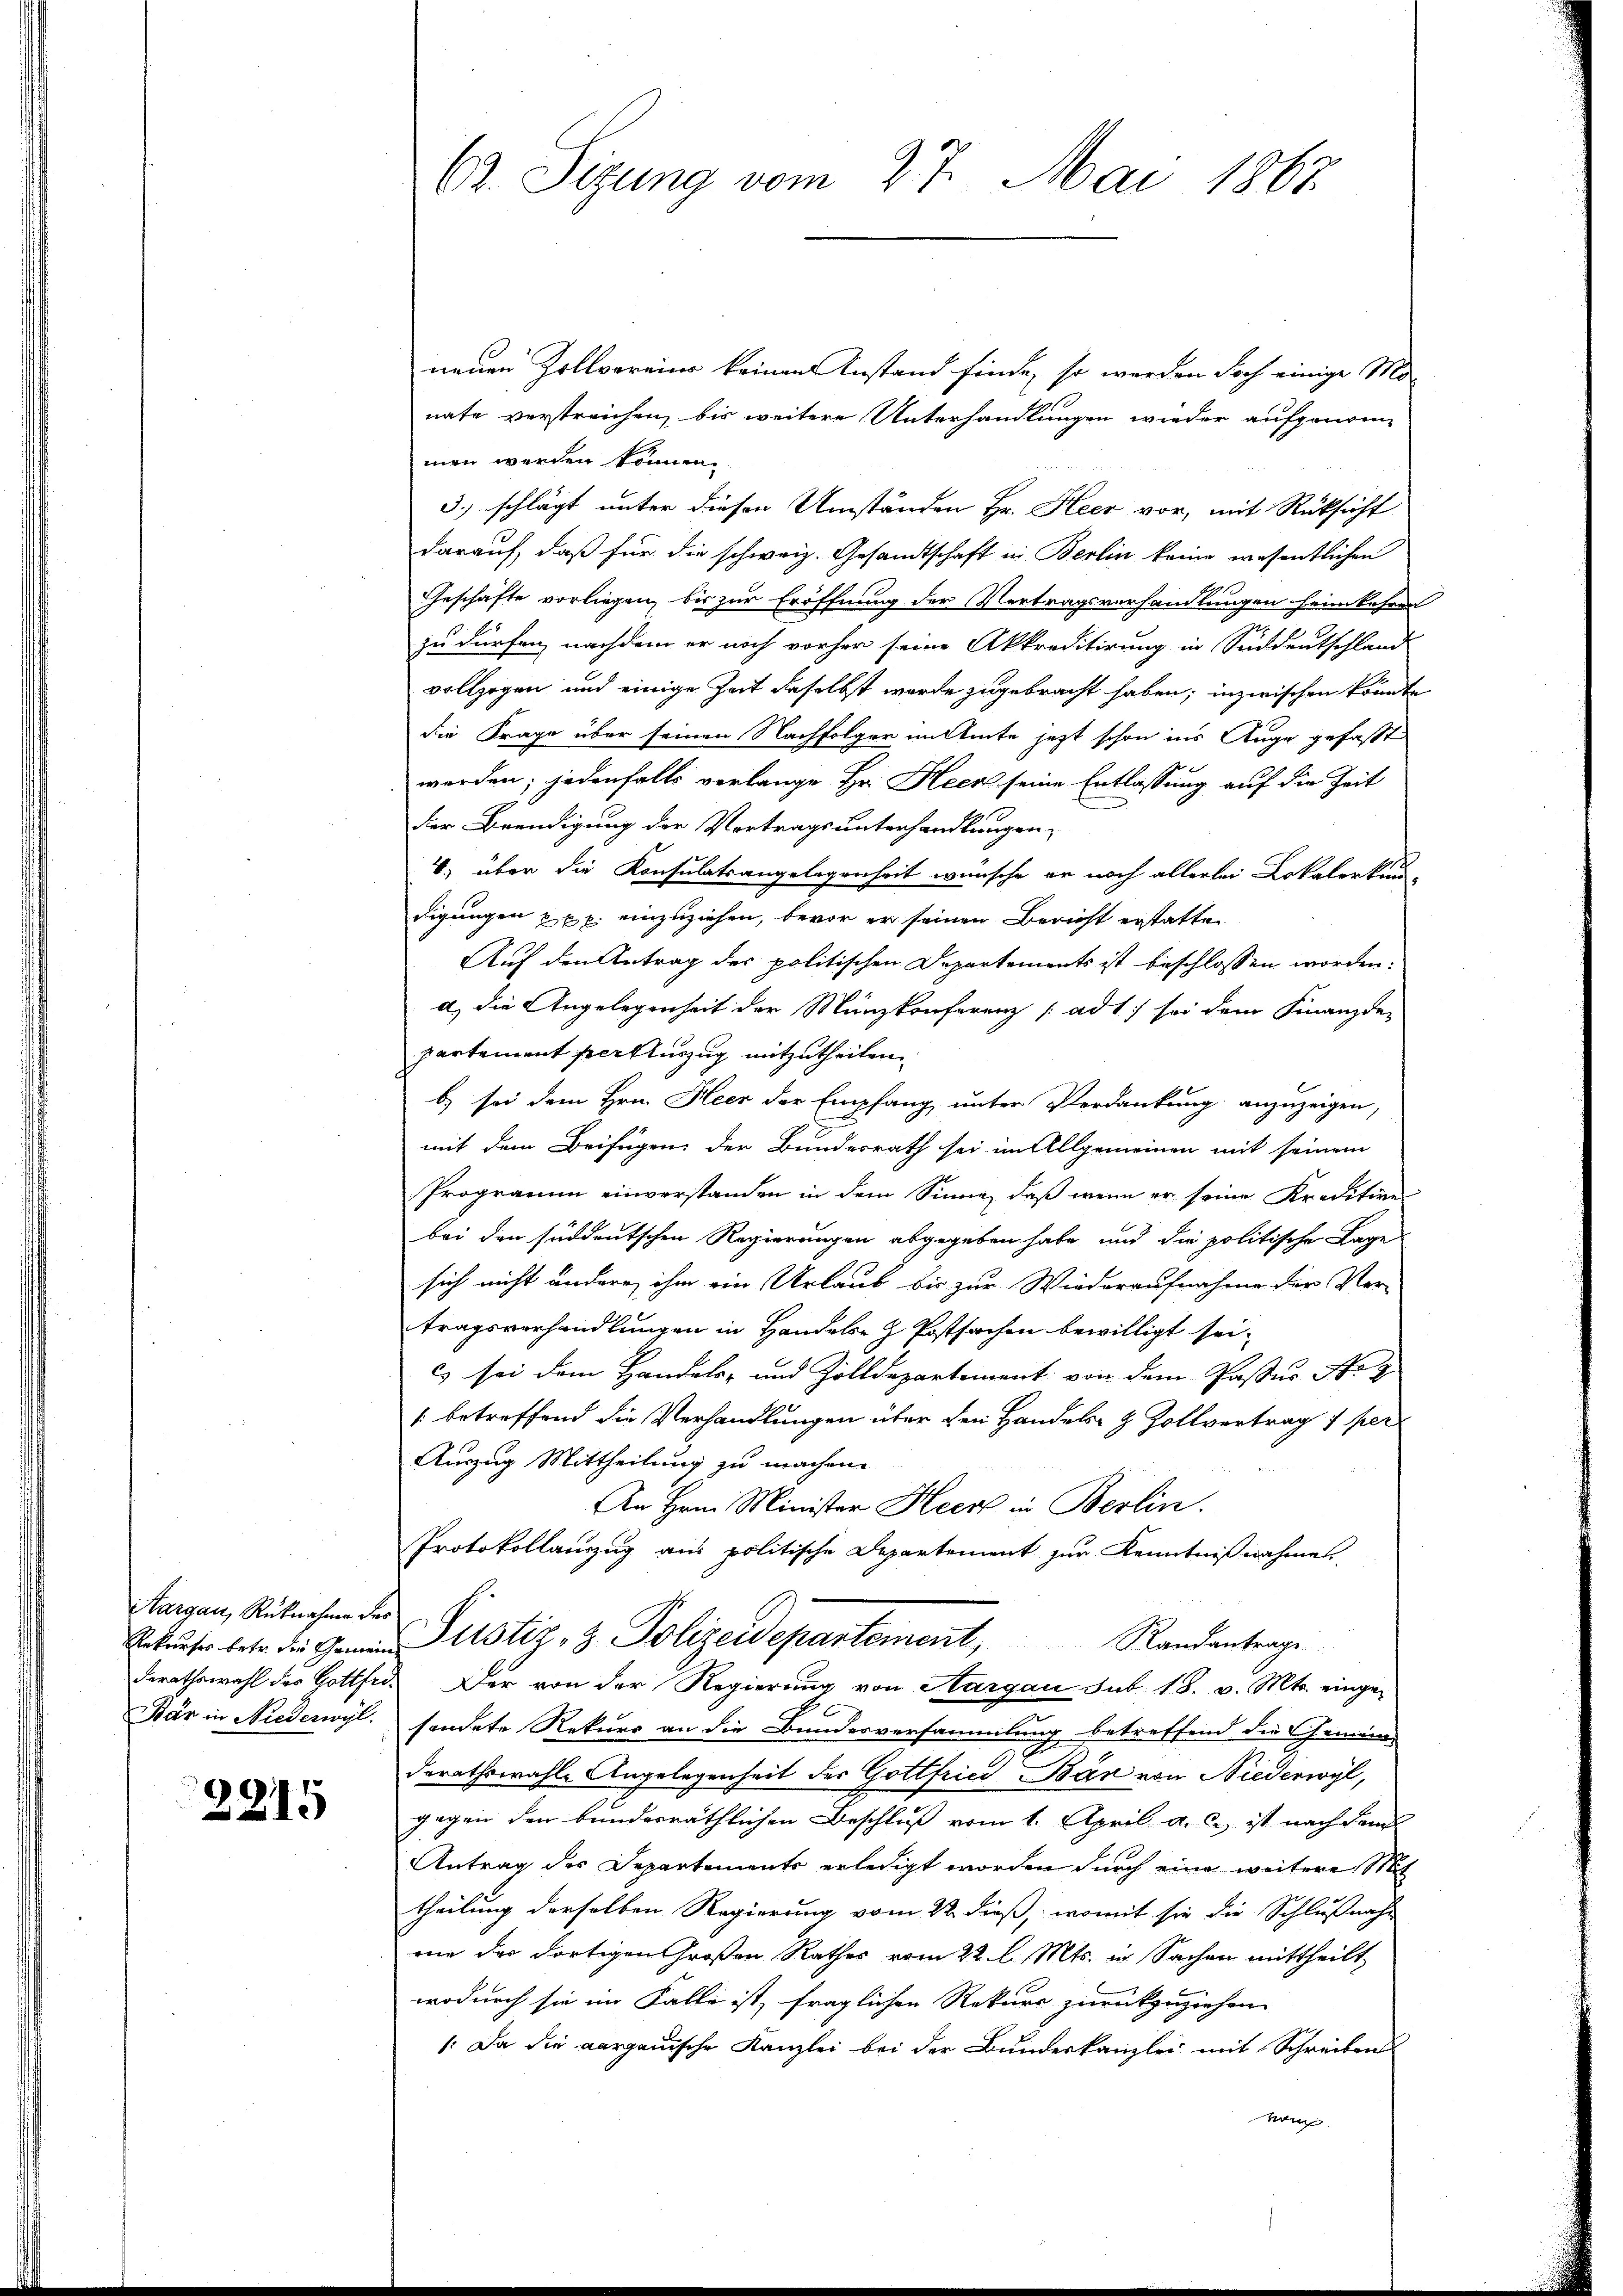
Aargau, Rücknahme des
Bär in Niederwyl

3915

62. Sizung vom 27. Mai 1867.

neuen Zollvereins keinen Anstand finde, so werden doch einige Mo-
nate verstreichen, bis weitere Unterhandlungen wieder aufgenom-
men werden können.
3.) schlägt unter diesen Umständen Hr. Heer vor, mit Rücksicht
darauf, daß für die schweiz. Gesandtschaft in Berlin keine wesentlichen
Geschäfte vorliegen, bis zur Eröffnung der Vertragsverhandlungen heimkehren
zu dürfen, nachdem er noch vorher seine Akkreditirung in Süddeutschland
vollzogen und einige Zeit daselbst wurde zugebracht haben; inzwischen könnte
die Frage über seinen Nachfolger im Amte jetzt schon ins Auge gefaßt
werden; jedenfalls verlange Hr. Heer seine Entlassung auf die Zeit
der Beendigung der Vertragsunterhandlungen,
8) über die Konsulatsangelegenheit wünsche er noch allerlei Lokalerkun-
digungen u. xx. einzuziehen, bevor er seinen Bericht erstatten
Auf den Antrag der politischen Departements ist beschlossen worden:
d.) die Angelegenheit der Münzkonferenz (adt) sei dem Finanzde-
partement per Auszug mitzutheilen
b) sei dem Hrn. Heer der Empfang unter Verdankung anzuzeigen,
mit dem Beifügen der Bundesrath sei im Allgemeinen mit seinem
Programm einverstanden in dem Sinne, daß wenn er seine Kredition
bei den süddeutschen Regierungen abgegeben habe, und die politische Lage
sich nicht andere ihm ein Urlaub bis zur Wiederaufnahme der Ver-
tragsverhandlungen in Handels- & Postsachen bewilligt sei.
c) sei dem Handels- und Zolldepartement von dem Passer Str
1 betreffend die Verhandlungen über den Handels- & Zollvertrag 1 per
Auszug Mittheilung zu machen.
An Hrn. Minister Heer in Berlin.
Protokollauszug aus politische Departement zur Kenntnißnahme
stiz & Polizeidepartement, Randantrage
derathswahl der Gottfr. Der von der Regierung von Aargau sub. 18. v. Mts. einge-
sendete Rekurs an die Bundesversammlung betreffend die Gemein
derathswahle Angelegenheit des Gottfried Bär von Niederwyl,
gegen den bundesräthlichen Beschluß vom 1. April a. c. ist nach dem
Antrag des Departements erledigt worden durch eine weitere Sit
theilung derselben Regierung vom 22. dieß, womit sie die Schlußnahm
me der dortigen Großen Rathes vom 22. l. Mts. in Sachen mittheilt,
wodurch sie im Falle ist, fraglichen Rekurs zurückzuziehen
/: Da die aargauische Kanzlei bei der Bundeskanzlei mit Schreibens
vom